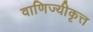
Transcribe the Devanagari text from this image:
वाणिज्यीकृत्त